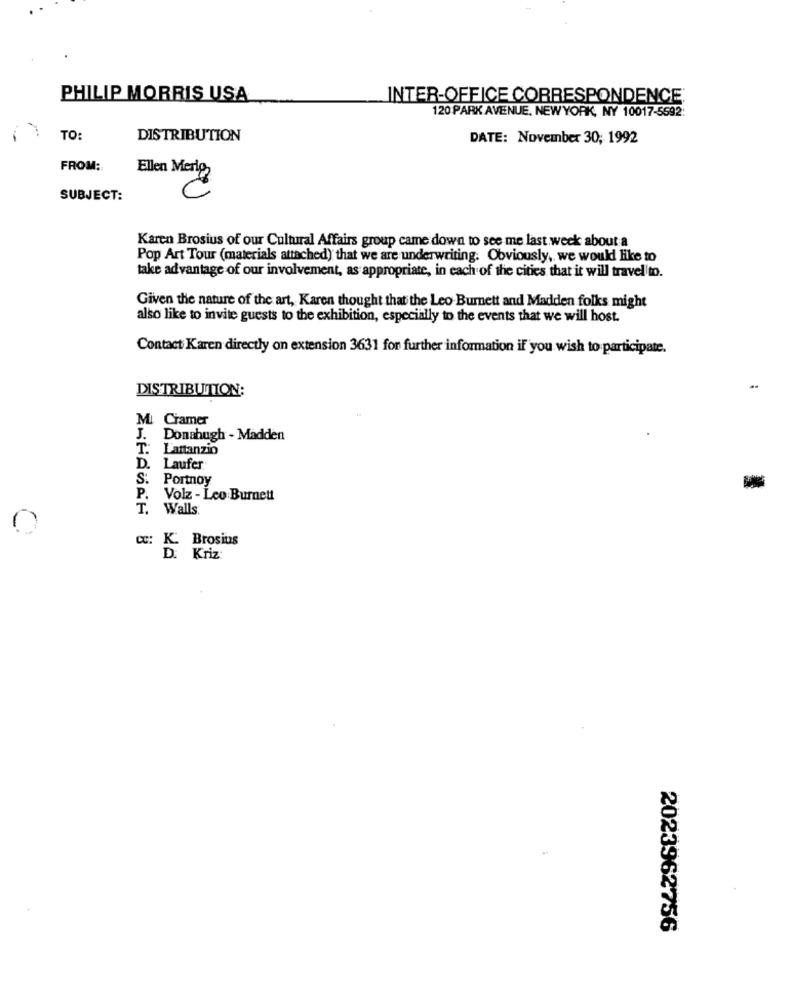
PHILIP MORRIS USA
INTER-OFFICE CORRESPONDENCE;
120 PARK AVENUE, NEWYORK, NY 10017-5592:
TO:
DISTRIBUTION
DATE: November 30; 1992
FROM:
Ellen Merlo
SUBJECT:
Karen Brosius of our Cultural Affairs group came down to see me last week about a
Pop Art Tour (materials attached) that we are underwriting. Obviously, we would like to
take advantage of our involvement, as appropriate, in each of the cities that it will travel to.
Given the nature of the art, Karen thought that the Leo Burnett and Madden folks might
also like to invite guests to the exhibition, especially to the events that we will host.
Contact Karen directly on extension 3631 for further information if you wish to participate.
DISTRIBUTION:
MI Cramer
J. Donahugh - Madden
T. Lattanzio
D. Laufer
S. Portnoy
P.
Volz - Leo Burnett
T.
Walls.
0
Œ: K Brosius
D. Kriz:
2023962756